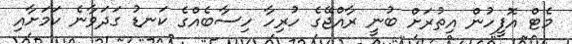
މެޓް އޮފީހުން އިތުރަށް ބުނީ ރާއްޖޭގެ ހުރިހާ ހިސާބެއްގެ ކަނޑު ގަދަވާނެ ކަމަށާއި